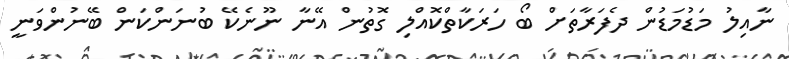
ނާއިލު މަޑުމަޑުން ދެފަރާތަށް ބޯ ހަރަކާތްކޮއްލި ގޮތުން އޭނާ ނޫނެކޭ ބުނަންކަން ބޭނުންވަނީ